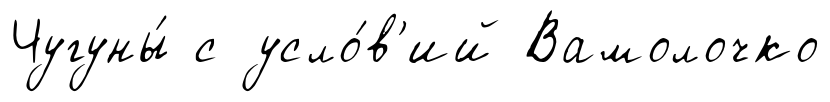
Чугуны́ с усло́в'ий Вамолочко